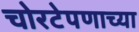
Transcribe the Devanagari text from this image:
चोरटेपणाच्या